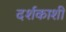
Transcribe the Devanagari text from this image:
दर्शकाशी